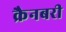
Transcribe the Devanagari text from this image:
क्रैनबरी